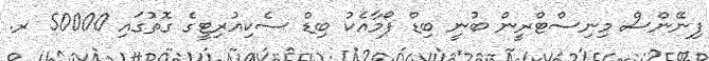
ފިނޭންސް މިނިސްޓްރީން ބުނީ ބިޑް ފޯމާއެކު ބިޑް ސެކިއުރިޓީގެ ގޮތުގައި 50000 ރ.